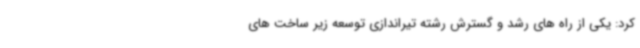
کرد: یکی از راه های رشد و گسترش رشته تیراندازی توسعه زیر ساخت های